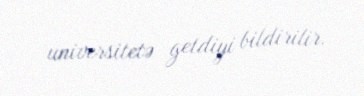
universitetə getdiyi bildirilir.